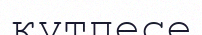
күтпесе